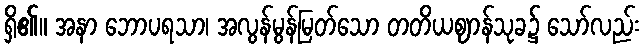
ရှိ၏။ အနာ ဘောပရသာ၊ အလွန်မွန်မြတ်သော တတိယဈာန်သုခ၌ သော်လည်း